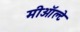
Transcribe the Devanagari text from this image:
मीऑल्टे